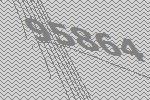
95864